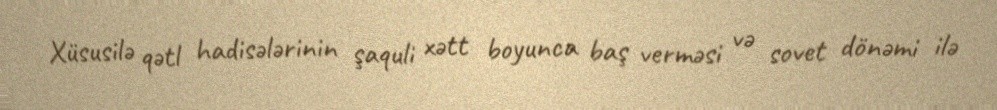
Xüsusilə qətl hadisələrinin şaquli xətt boyunca baş verməsi və sovet dönəmi ilə